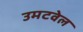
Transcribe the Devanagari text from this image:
उमटवेल